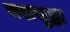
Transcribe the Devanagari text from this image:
यशसुद्धा